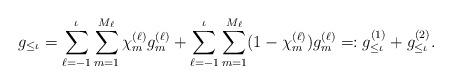
LaTeX: \begin{align*}g_{\le \iota} = \sum_{\ell=-1}^\iota \sum_{m=1}^{M_{\ell}} \chi_{m}^{(\ell)} g_{m}^{(\ell)} + \sum_{\ell=-1}^\iota \sum_{m=1}^{M_{\ell}} (1-\chi_{m}^{(\ell)}) g_{m}^{(\ell)}=: g_{\le \iota}^{(1)} + g_{\le \iota}^{(2)}.\end{align*}